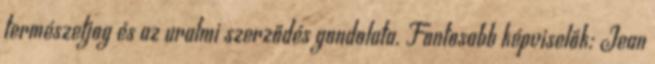
természetjog és az uralmi szerződés gondolata. Fontosabb képviselők: Jean